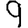
Digit: 9